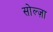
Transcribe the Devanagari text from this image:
सोल्ज़ा